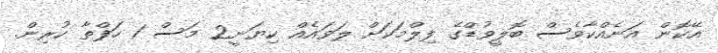
އޭކޮން އަނެއްކާވެސް ބޮލީވުޑްގެ ފިލްމަކަށް ލަވައެއް ކިޔަނީ2 މަސް 1 ހަފްތާ ކުރިން.